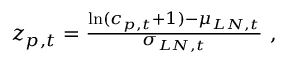
\begin{array} { r } { z _ { p , t } = \frac { \ln ( c _ { p , t } + 1 ) - \mu _ { L N , t } } { \sigma _ { L N , t } } \ , } \end{array}